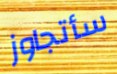
سأتجاوز